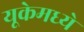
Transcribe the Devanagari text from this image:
यूकेमध्ये